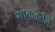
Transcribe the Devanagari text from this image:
साकळवले